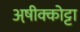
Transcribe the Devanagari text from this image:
अष़ीक्कोट्टा